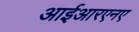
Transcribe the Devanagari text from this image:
आईआरएनए